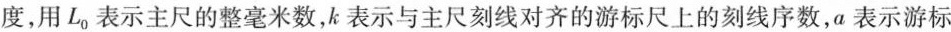
度，用L_{0}表示主尺的整毫米数，k表示与主尺刻线对齐的游标尺上的刻线序数，a表示游标